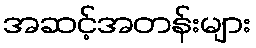
အဆင့်အတန်းများ